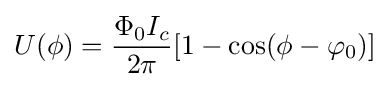
U(\phi )={\frac {\Phi _{0}I_{c}}{2\pi }}[1-\cos(\phi -\varphi _{0})]